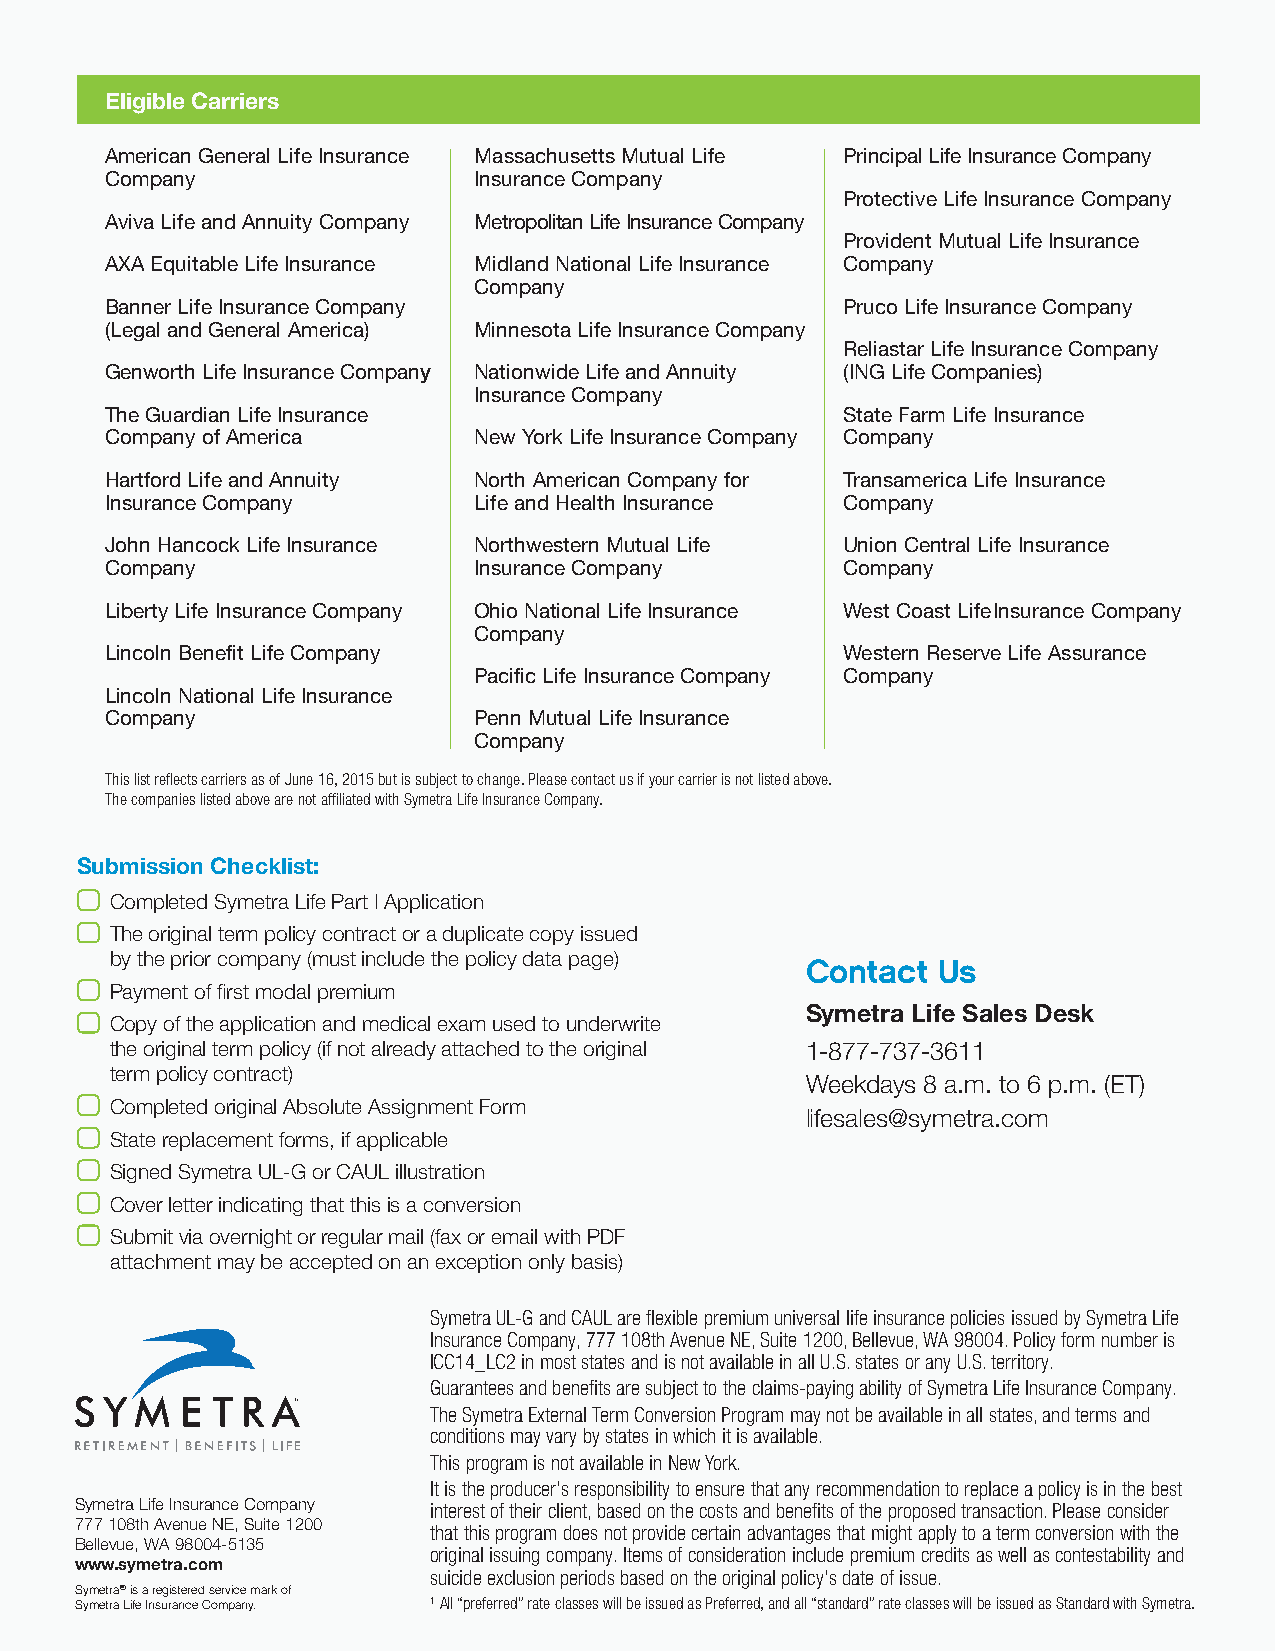
Eligible Carriers
 American General Life Insurance Massachusetts Mutual Life Principal Life Insurance Company
 Company                 Insurance Company
 Protective Life Insurance Company
 Aviva Life and Annuity Company Metropolitan Life Insurance Company
 Provident Mutual Life Insurance
 AXA Equitable Life Insurance Midland National Life Insurance Company
 Company
 Banner Life Insurance Company                    Pruco Life Insurance Company
 (Legal and General America) Minnesota Life Insurance Company
 Reliastar Life Insurance Company
 Genworth Life Insurance Company Nationwide Life and Annuity (ING Life Companies)
 Insurance Company
 The Guardian Life Insurance                      State Farm Life Insurance
 Company of America      New York Life Insurance Company Company
 Hartford Life and Annuity North American Company for Transamerica Life Insurance
 Insurance Company       Life and Health Insurance Company
 John Hancock Life Insurance Northwestern Mutual Life Union Central Life Insurance
 Company                 Insurance Company        Company
 Liberty Life Insurance Company Ohio National Life Insurance West Coast Life Insurance Company
 Company
 Lincoln Benefit Life Company                     Western Reserve Life Assurance
 Pacific Life Insurance Company Company
 Lincoln National Life Insurance
 Company                 Penn Mutual Life Insurance
 Company
 This list reflects carriers as of June 16, 2015 but is subject to change. Please contact us if your carrier is not listed above.
 The companies listed above are not affiliated with Symetra Life Insurance Company.
 Submission Checklist:
 Completed Symetra Life Part I Application
 The original term policy contract or a duplicate copy issued
 by the prior company (must include the policy data page)
 Contact  Us
 Payment of first modal premium
 Symetra Life Sales Desk
 Copy of the application and medical exam used to underwrite
 the original term policy (if not already attached to the original 1-877-737-3611
 term policy contract)
 Weekdays 8 a.m. to 6 p.m. (ET)
 Completed original Absolute Assignment Form
 lifesales@symetra.com
 State replacement forms, if applicable
 Signed Symetra UL-G or CAUL illustration
 Cover letter indicating that this is a conversion
 Submit via overnight or regular mail (fax or email with PDF
 attachment may be accepted on an exception only basis)
 Symetra UL-G and CAUL are flexible premium universal life insurance policies issued by Symetra Life
 Insurance Company, 777 108th Avenue NE, Suite 1200, Bellevue, WA 98004. Policy form number is
 ICC14_LC2 in most states and is not available in all U.S. states or any U.S. territory.
 Guarantees and benefits are subject to the claims-paying ability of Symetra Life Insurance Company.
 The Symetra External Term Conversion Program may not be available in all states, and terms and
 conditions may vary by states in which it is available.
 This program is not available in New York.
 It is the producer’s responsibility to ensure that any recommendation to replace a policy is in the best
 Symetra Life Insurance Company interest of their client, based on the costs and benefits of the proposed transaction. Please consider
 777 108th Avenue NE, Suite 1200
 that this program does not provide certain advantages that might apply to a term conversion with the
 Bellevue, WA 98004-5135
 original issuing company. Items of consideration include premium credits as well as contestability and
 www.symetra.com
 suicide exclusion periods based on the original policy’s date of issue.
 Symetra® is a registered service mark of
 Symetra Life Insurance Company. 1 A ll “preferred” rate classes will be issued as Preferred, and all “standard” rate classes will be issued as Standard with Symetra.